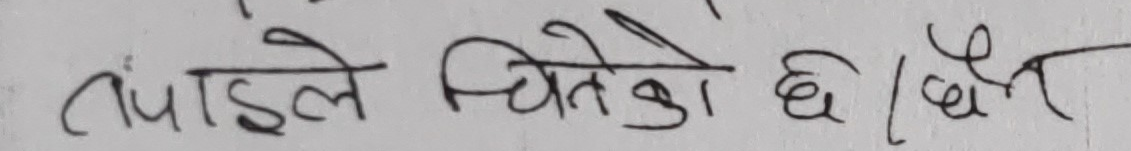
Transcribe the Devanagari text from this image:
तपाईंले चितेको छ/छैन